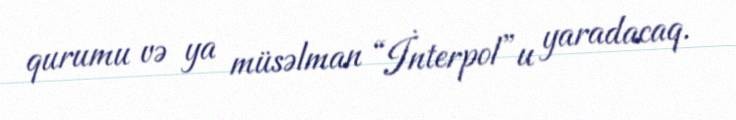
qurumu və ya müsəlman “İnterpol”u yaradacaq.